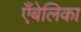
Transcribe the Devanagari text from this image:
एँबेलिका